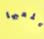
يلعبها